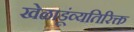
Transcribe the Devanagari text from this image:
खेळाडूंव्यतिरिक्त